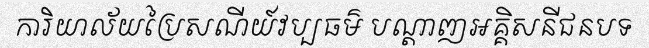
ការិយាល័យប្រៃសណីយ៍វប្បធម៌ បណ្តាញអគ្គិសនីជនបទ